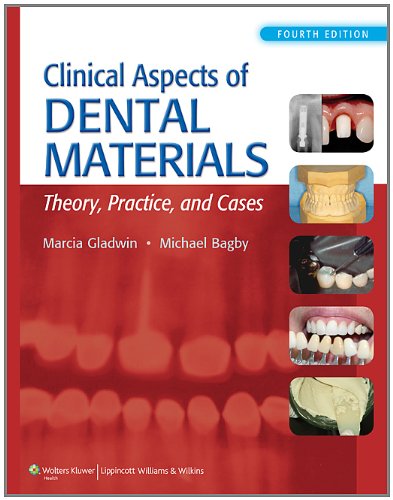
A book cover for Clinical Aspects of Dental Materials; Marcia Gladwin RDH  EdD; Medical Books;